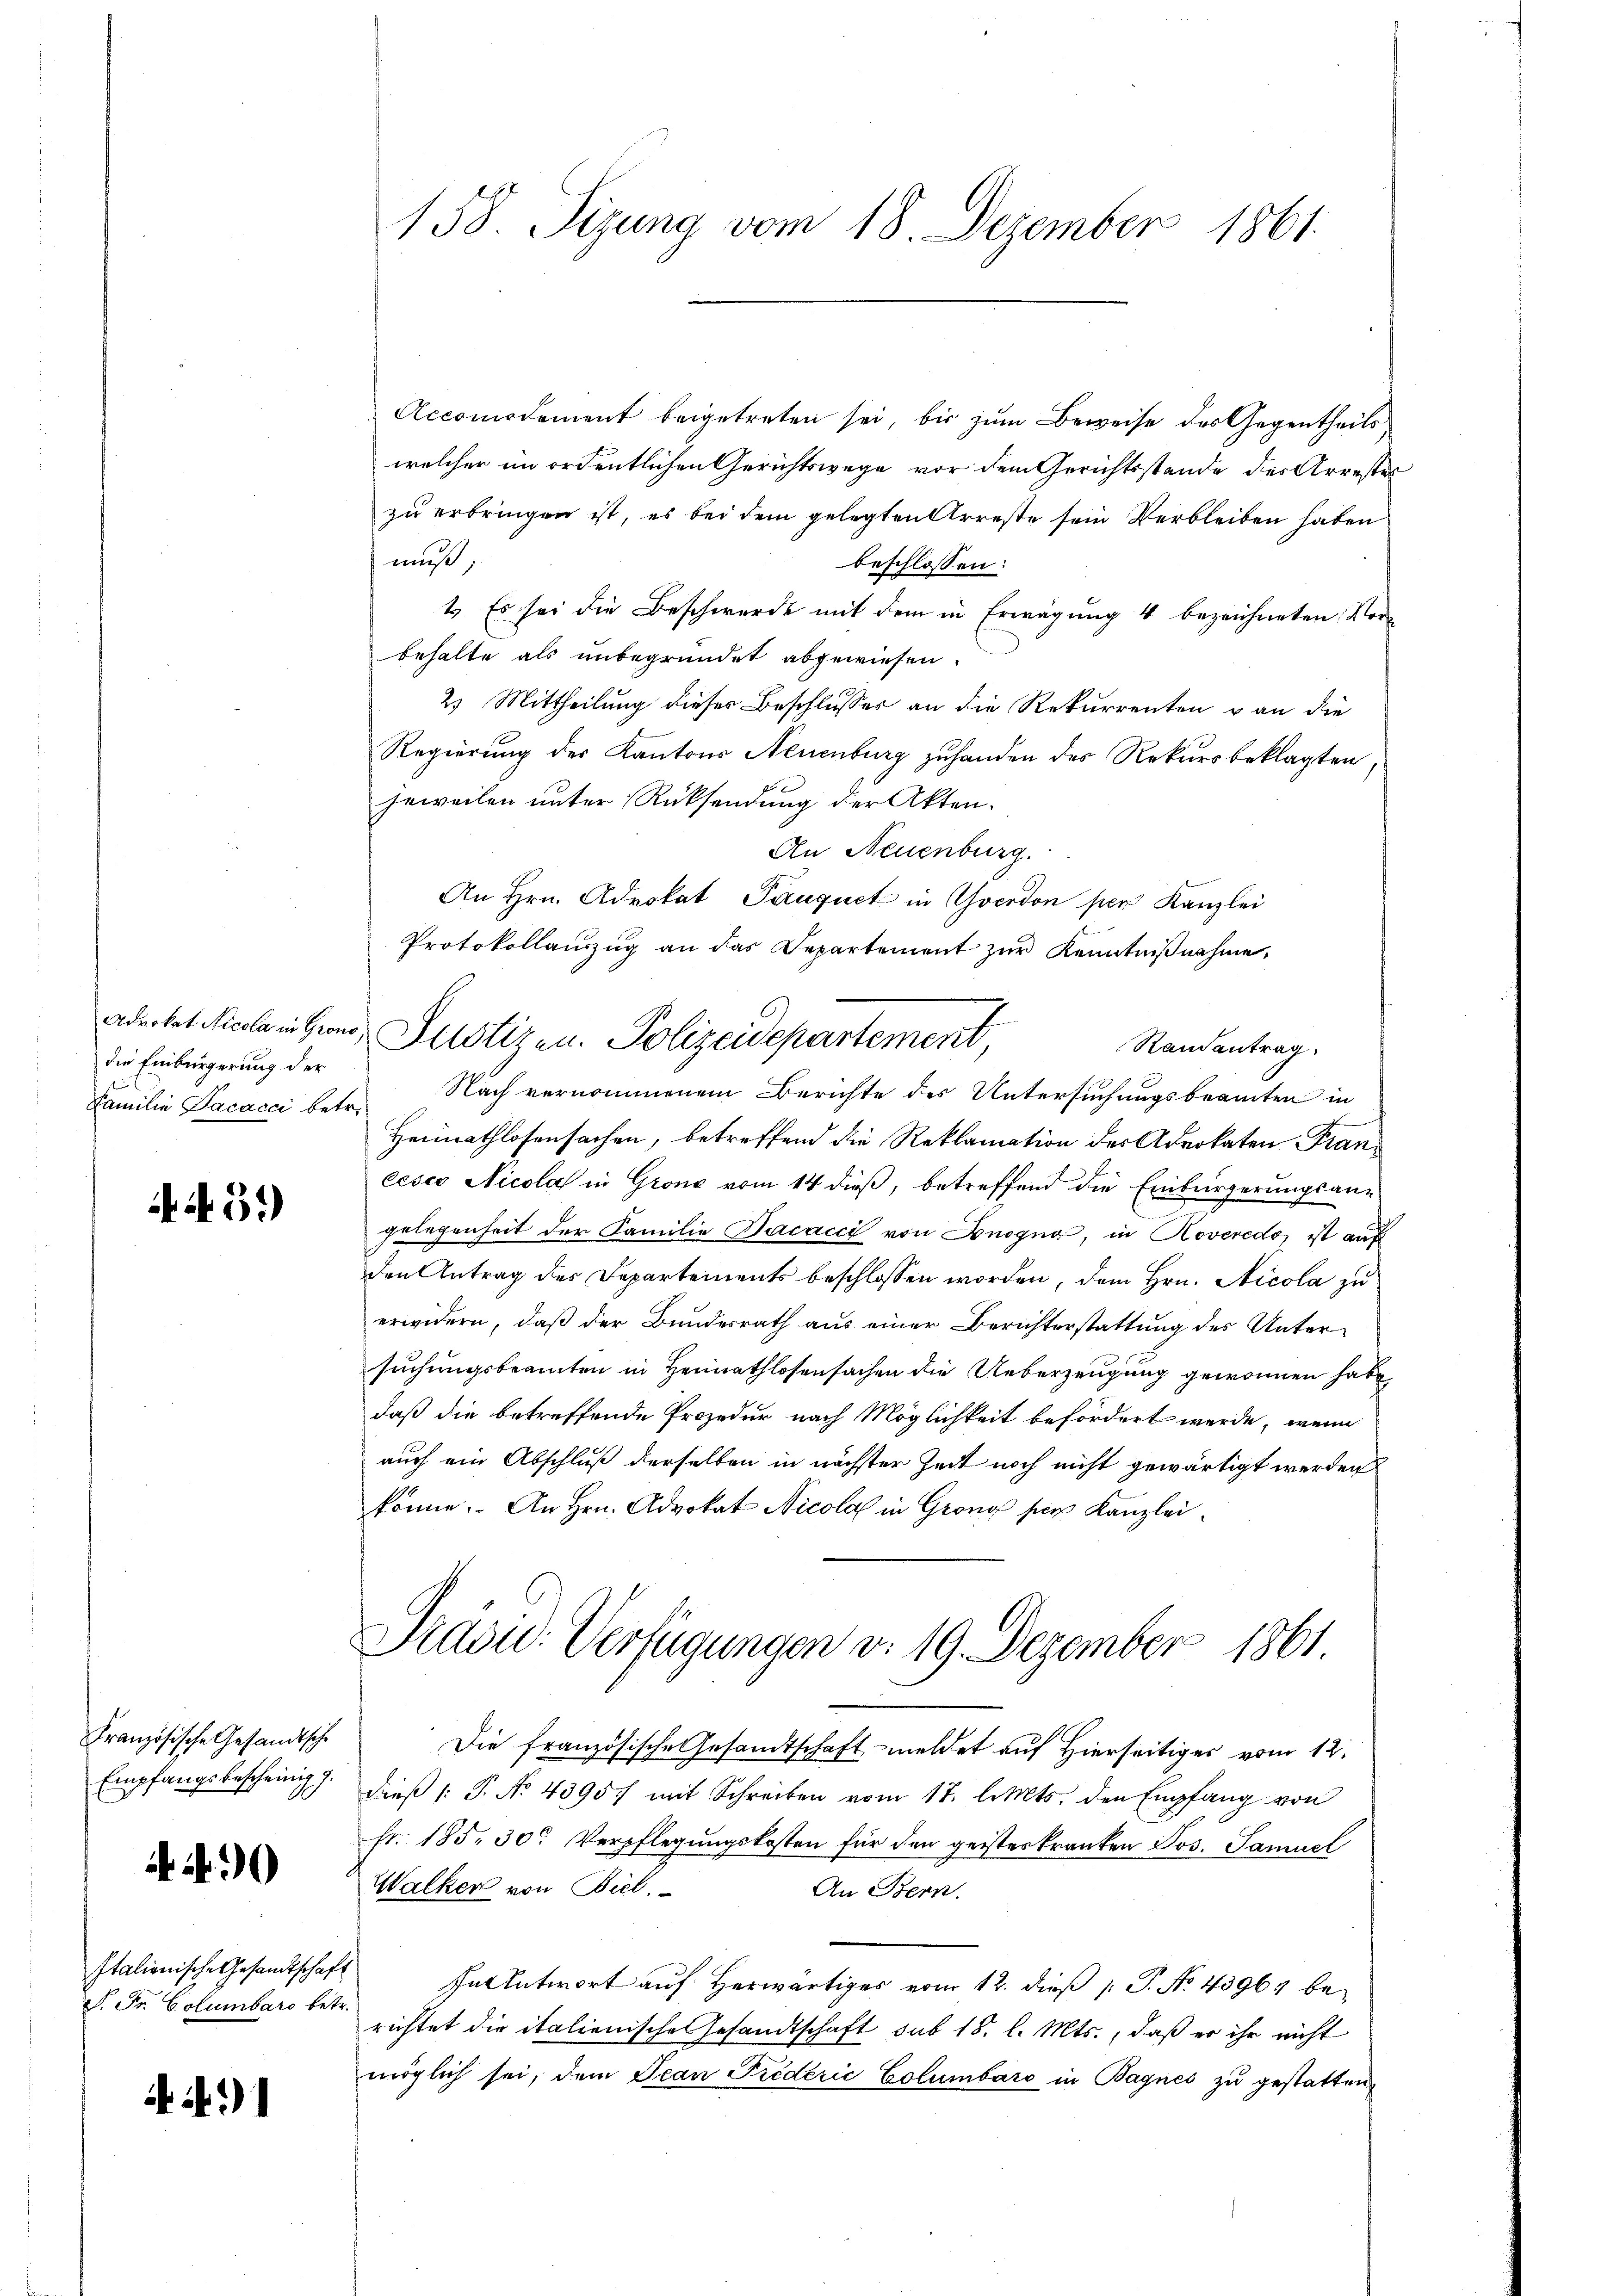
die Einbürgerung der
Familie Facacci betr.

N. 3.)

Französische Gesandtsch
Empfangsbescheinig g

.90

Italionische Gesandtschaft
S. Fr. Columbars betr.

491

158. Sizung vom 18. Dezember 1861.

Accomodement beigetreten sei, bis zum Beweise des Gegentheils
welcher im ordentlichen Gerichtswege vor dem Gerichtsstande des Arrester
zu erbringen ist, es bei dem gelegten Arreste sein Verbleiben haben
muß
beschlossen:
1. Es sei die Beschwerde mit dem in Erwägung 4 bezeichneten Vorbehalte als unbegründet abgewiesen.
2) Mittheilung dieses Beschlusses an die Rekurrenten & an die
Regierung des Kantons Neuenburg zuhanden des Rekursbeklagten
jeweilen unter Rücksendung der Akten.
An Neuenburg.
An Hrn. Advokat Pauquet in Yverdon per Kanzlei
Protokollauszug an das Departement zŭr Kenntniβnahme,
Randantrag.
Nach vernommenem Berichte des Untersuchungsbeamten in
Heimathlosensachen, betreffend die Reklamation des Advokaten Francesco Nicola in Grone vom 14 dieß, betreffend die Einbürgerungsangelegenheit der Familie Bacacci von Bonogna, in Koveredo, ist auf
den Antrag des Departements beschlossen worden, dem Hrn. Nicola zu
erwidern, daß der Bundesrath aus einer Berichterstattung des Untersuchungsbeamten in Heimathlosensachen die Ueberzeugung gewonnen habe,
daß die betreffende Prozedur nach Möglichkeit befördert werde, wenn
auch ein Abschluß derselben in nächster Zeit noch nicht gewärtigt werden
könne. An Hrn. Advokat Nicola in Grono per Kanzlei¬
Präsid.- Verfügungen v. 19. Dezember 1861
Die französische Gesandtschaft meldet auf Hierseitiges vom 12.
dieβ (: P. No. 4395. mit Schreiben vom 17. l. Mts. den Empfang von
fr. 185. 30. Verpflegungskosten für den geisteskranken Jos. Samuel
Walker von Biel.
An Bern.
In Antwort auf Herwärtiges vom 12. dieß P. No. 43961 berichtet die italienische Gesandtschaft sub 18. l. Mts., daß er ihr nicht
möglich sei, dem Jean Friderić Columbaro in Bagnes zu gestatten¬

aderket Nicola in Hrn Justizen. Polizeidepartement